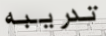
تدريبه